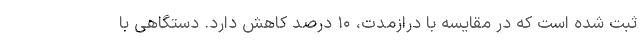
ثبت شده است که در مقایسه با درازمدت، ۱۰ درصد کاهش دارد. دستگاهی با